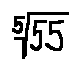
\sqrt [ 5 ] { 5 5 }